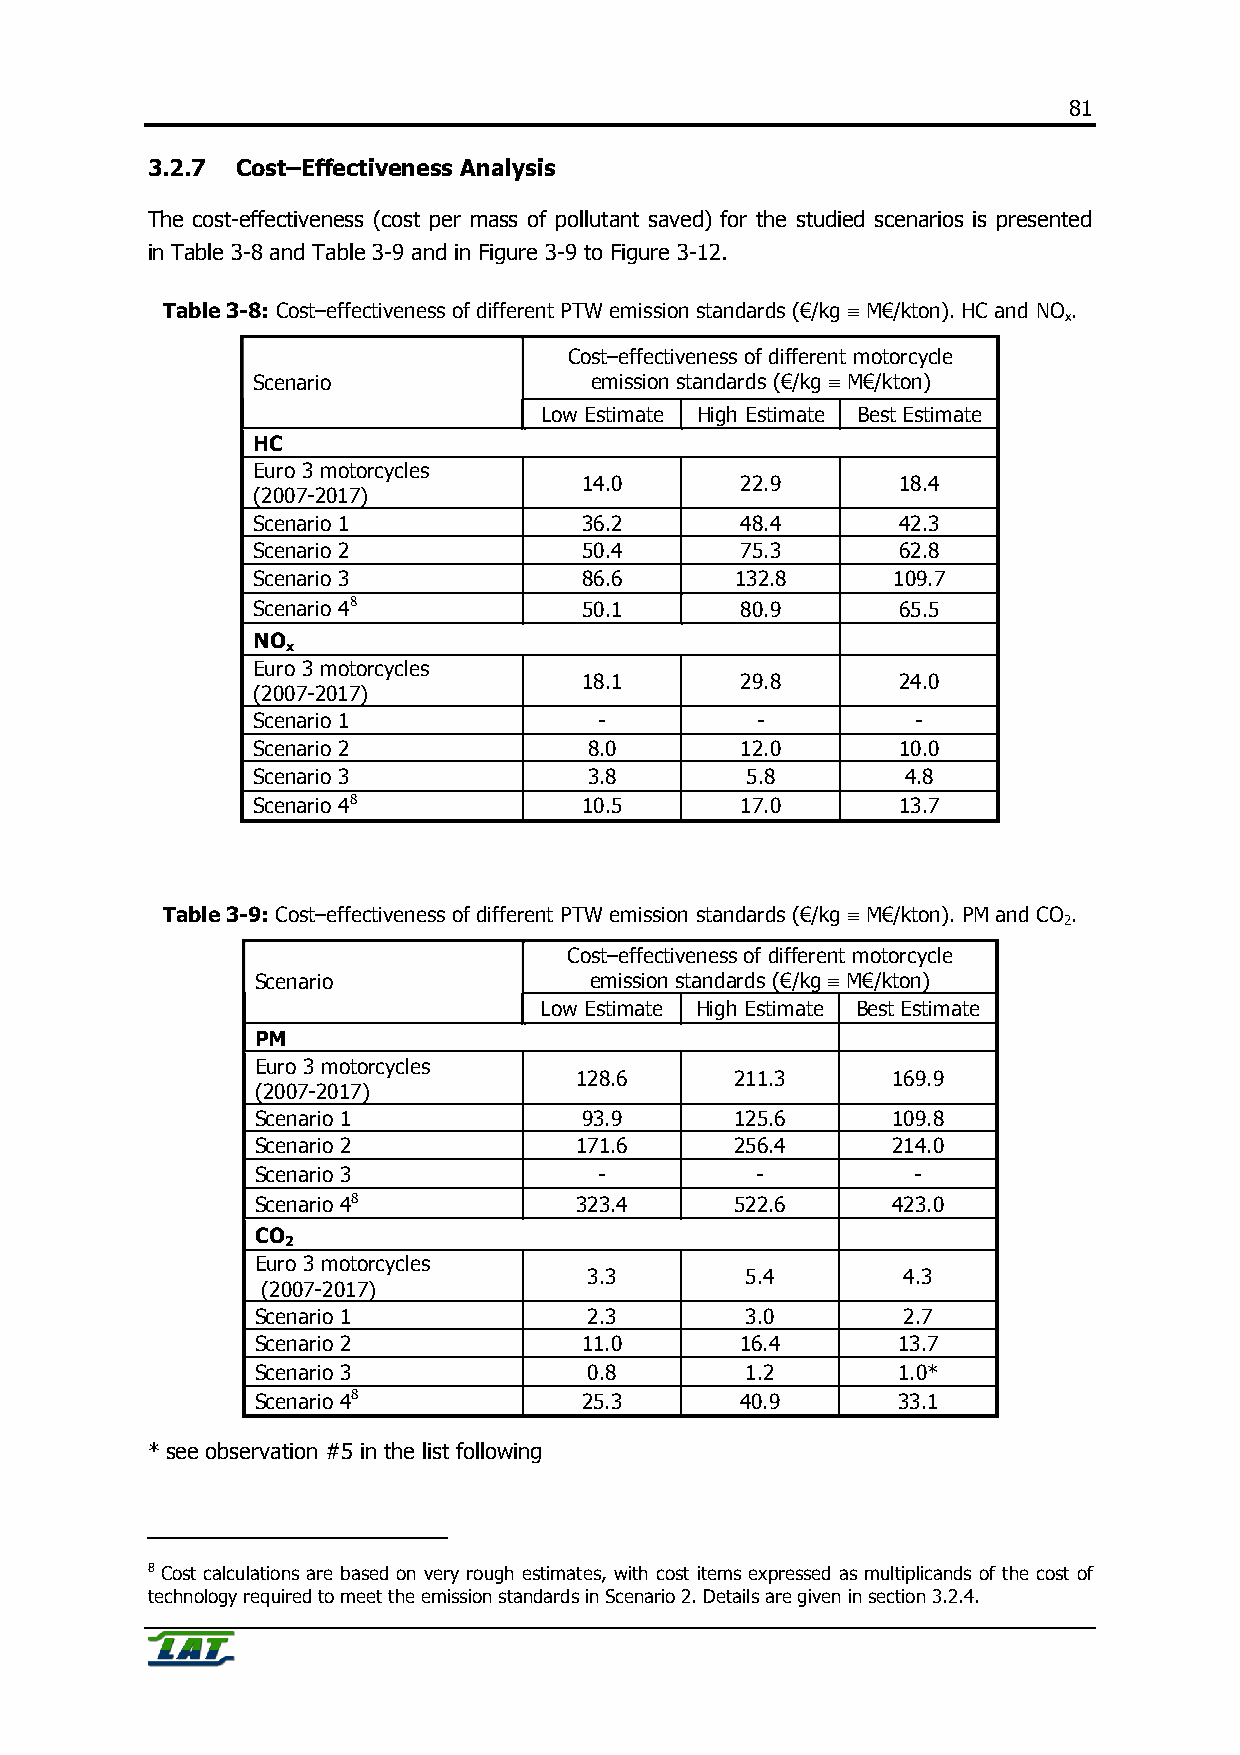
81
 3.2.7 Cost–Effectiveness Analysis
 The cost-effectiveness (cost per mass of pollutant saved) for the studied scenarios is presented
 in Table 3-8 and Table 3-9 and in Figure 3-9 to Figure 3-12.
 Table 3-8: Cost–effectiveness of different PTW emission standards (€/kg ≡ M€/kton). HC and NO .
 x
 Cost–effectiveness of different motorcycle
 Scenario              emission standards (€/kg ≡ M€/kton)
 Low Estimate High Estimate Best Estimate
 HC
 Euro 3 motorcycles
 14.0      22.9      18.4
 (2007-2017)
 Scenario 1            36.2      48.4      42.3
 Scenario 2            50.4      75.3      62.8
 Scenario 3            86.6      132.8     109.7
 Scenario 48           50.1      80.9      65.5
 NO
 x
 Euro 3 motorcycles
 18.1      29.8      24.0
 (2007-2017)
 Scenario 1             -         -          -
 Scenario 2            8.0       12.0      10.0
 Scenario 3            3.8       5.8        4.8
 Scenario 48           10.5      17.0      13.7
 Table 3-9: Cost–effectiveness of different PTW emission standards (€/kg ≡ M€/kton). PM and CO .
 2
 Cost–effectiveness of different motorcycle
 Scenario              emission standards (€/kg ≡ M€/kton)
 Low Estimate High Estimate Best Estimate
 PM
 Euro 3 motorcycles
 128.6      211.3     169.9
 (2007-2017)
 Scenario 1           93.9       125.6     109.8
 Scenario 2           171.6      256.4     214.0
 Scenario 3             -         -          -
 Scenario 48          323.4      522.6     423.0
 CO
 2
 Euro 3 motorcycles
 3.3       5.4        4.3
 (2007-2017)
 Scenario 1            2.3       3.0        2.7
 Scenario 2           11.0       16.4      13.7
 Scenario 3            0.8       1.2       1.0*
 Scenario 48          25.3       40.9      33.1
 * see observation #5 in the list following
 8 Cost calculations are based on very rough estimates, with cost items expressed as multiplicands of the cost of
 technology required to meet the emission standards in Scenario 2. Details are given in section 3.2.4.